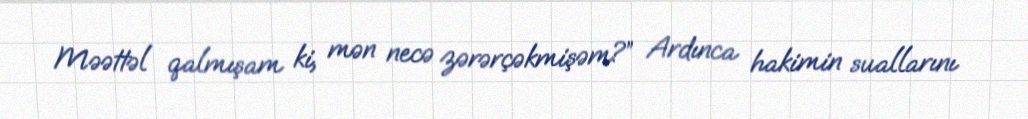
Məəttəl qalmışam ki, mən necə zərərçəkmişəm?” Ardınca hakimin suallarını